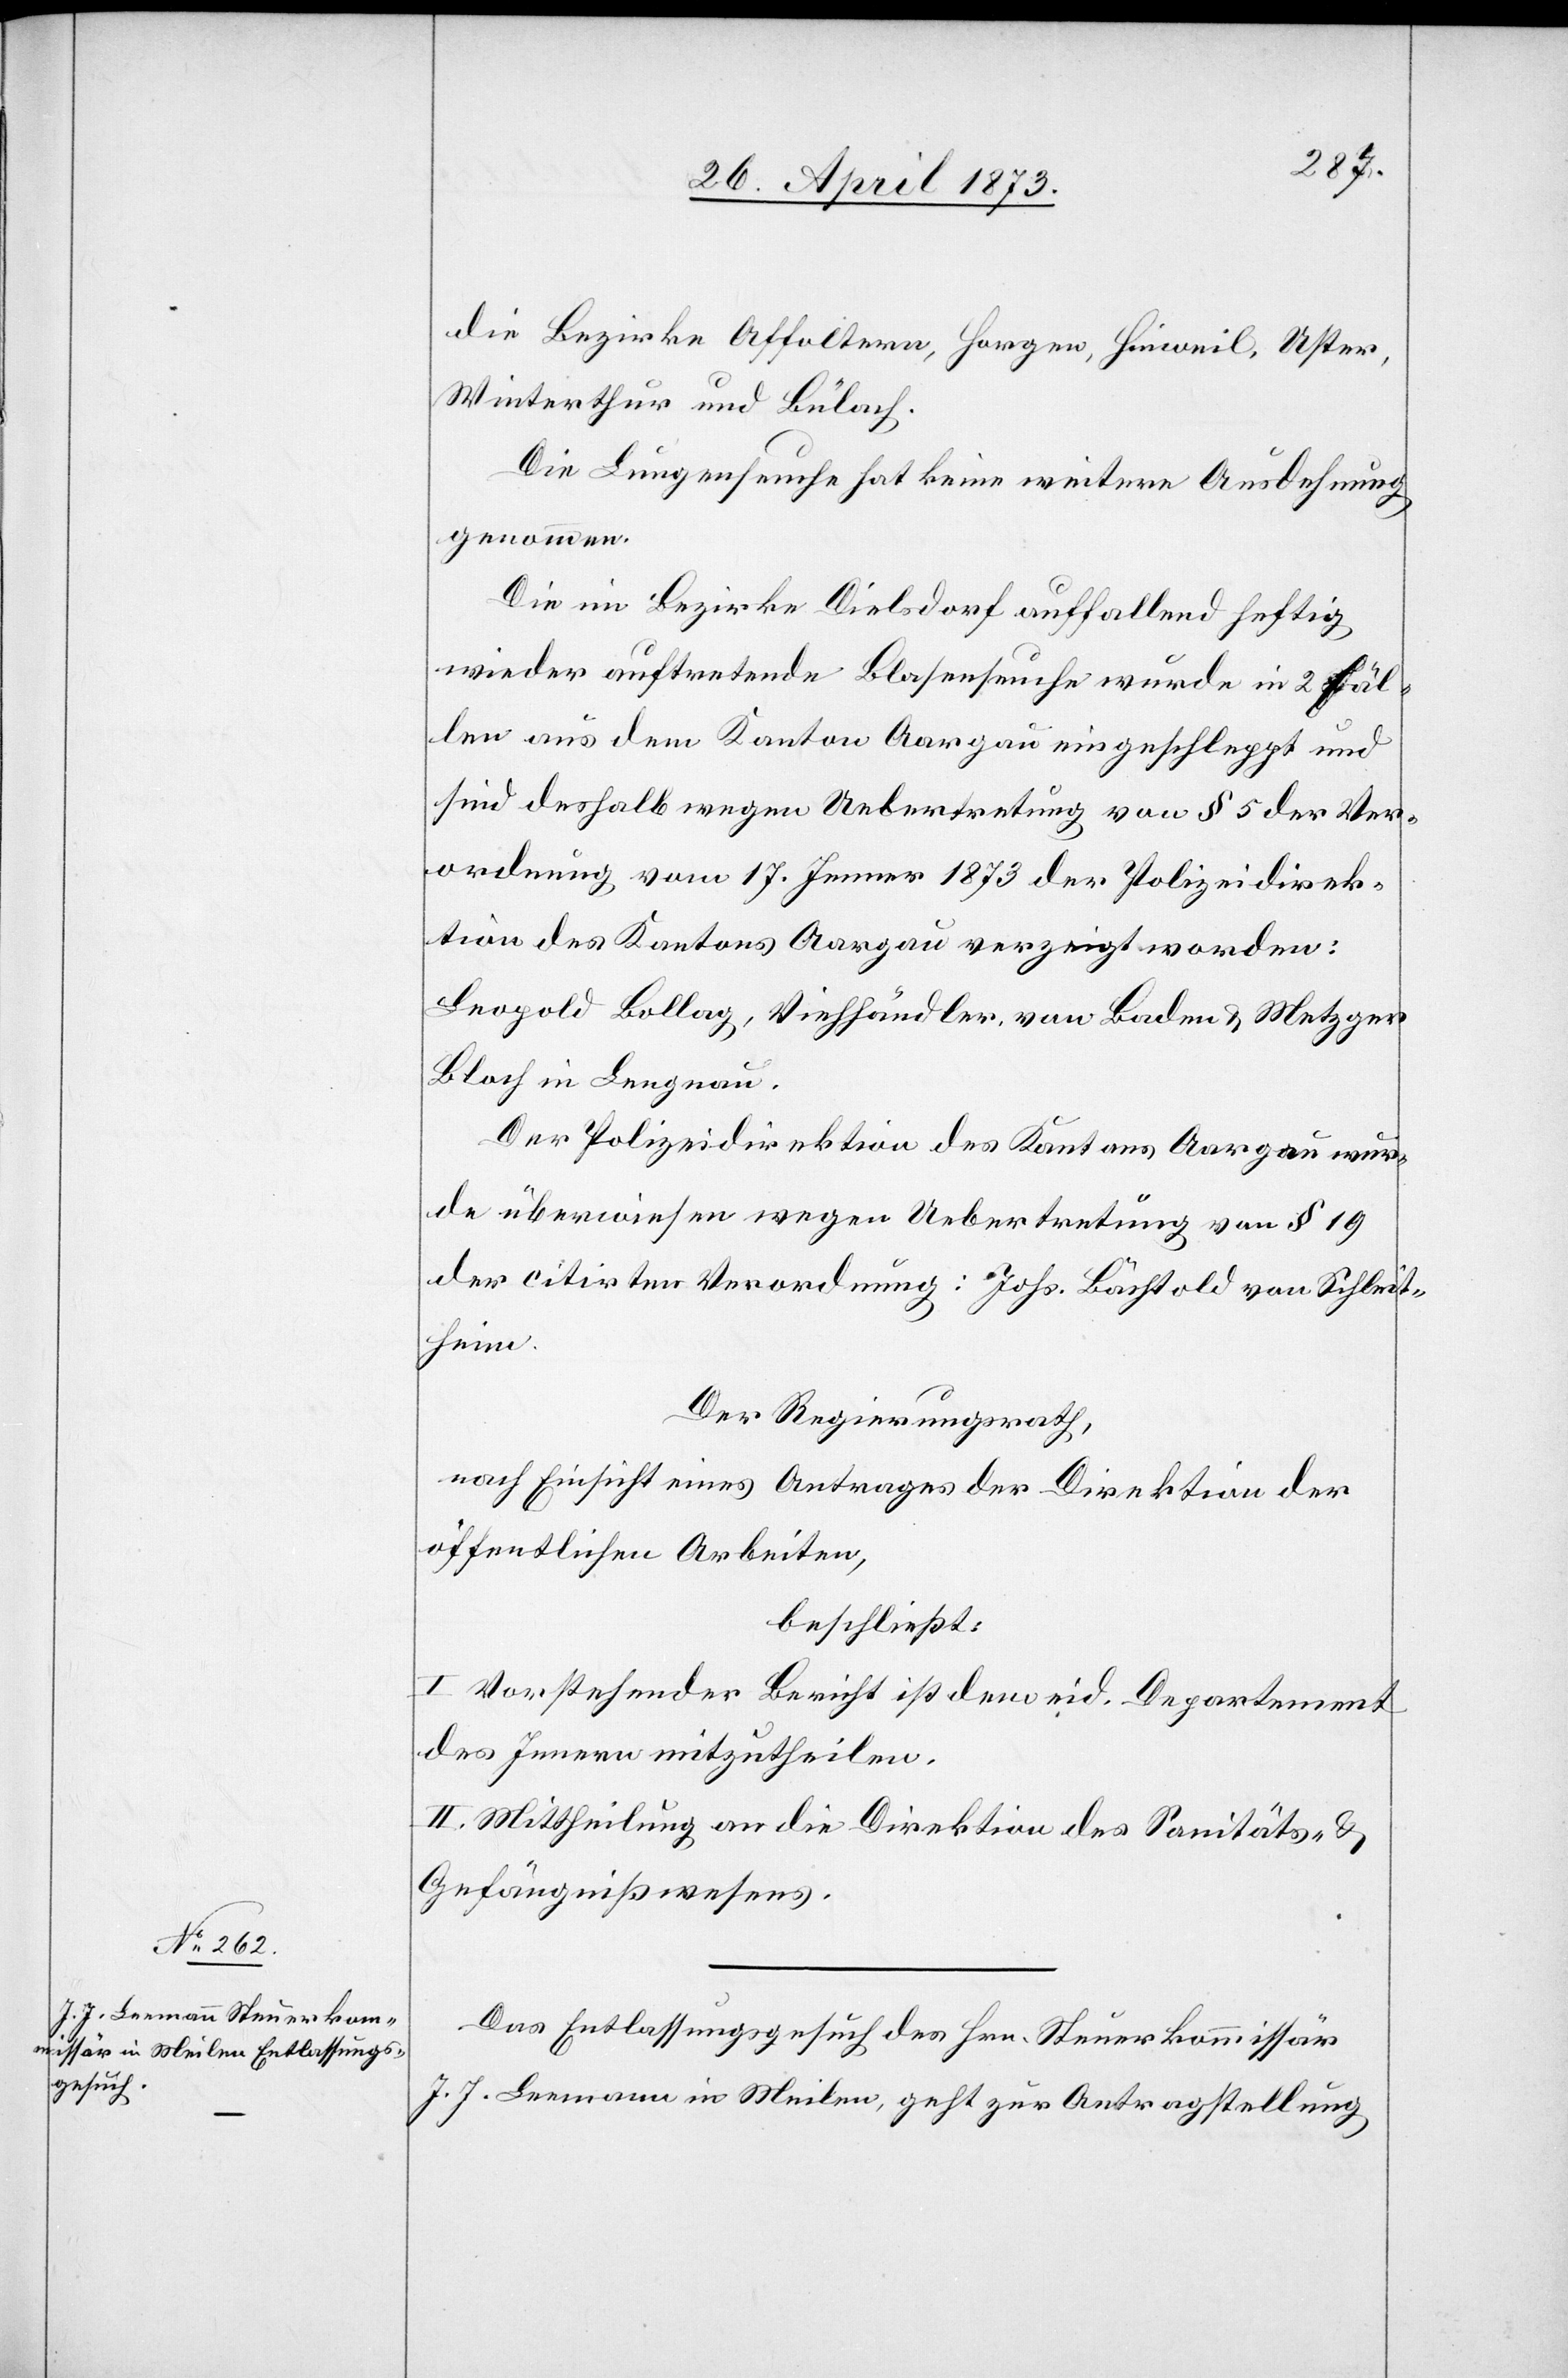
30. April 1873]
die Bezirke Affoltern, Horgen, Hinweil, Uster,
Winterthur und Bülach.
Die Lungenseuche hat keine weitere Ausdehnung
genommen.
Die im Bezirke Dielsdorf auffallend heftig
wieder auftretende Blasenseuche wurde in 2 Fäl¬
len aus dem Kanton Aargau eingeschleppt und
sind deshalb wegen Uebertretung von § 5 der Ver¬
ordnung vom 17. Jenner 1873 der Polizeidirek¬
tion des Kantons Aargau verzeigt worden:
Leopold Bollag, Viehhändler, von Baden & Metzger
Bloch in Langnau.
Der Polizeidirektion des Kantons Aargau wur¬
de überwiesen wegen Uebertretung von § 19
der citirten Verordnung: Johs. Bächtold von Schleit¬
heim.
Der Regierungsrath,
nach Einsicht eines Antrages der Direktion der
öffentlichen Arbeiten,
beschließt:
I. Vorstehender Bericht ist dem eid. Departement
des Innern mitzutheilen.
II. Mittheilung an die Direktion des Sanitäts- &
Gefängnißwesens.
Das Entlassungsgesuch des Hrn. Steuerkommissär
J. J. Leemann in Meilen, geht zur Antragstelllung